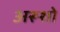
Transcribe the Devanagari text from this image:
अरूशो